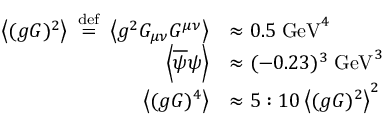
{ \begin{array} { r l } { \left\langle ( g G ) ^ { 2 } \right\rangle \ { \stackrel { \mathrm { d e f } } { = } } \ \left\langle g ^ { 2 } G _ { \mu \nu } G ^ { \mu \nu } \right\rangle } & { \approx 0 . 5 \; { \mathrm { G e V } } ^ { 4 } } \\ { \left\langle { \overline { { \psi } } } \psi \right\rangle } & { \approx ( - 0 . 2 3 ) ^ { 3 } \; { \mathrm { G e V } } ^ { 3 } } \\ { \left\langle ( g G ) ^ { 4 } \right\rangle } & { \approx 5 : 1 0 \left\langle ( g G ) ^ { 2 } \right\rangle ^ { 2 } } \end{array} }